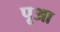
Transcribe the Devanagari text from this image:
पूआ